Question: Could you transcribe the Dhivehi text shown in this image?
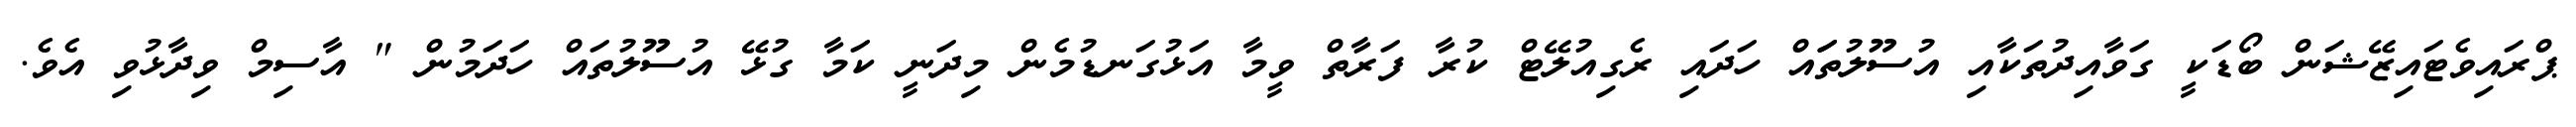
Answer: ޕްރައިވެޓައިޒޭޝަން ބޯޑަކީ ގަވާއިދުތަކާއި އުސޫލުތަައް ހަދައި ރެގިއުލޭޓް ކުރާ ފަރާތް ވީމާ އަޅުގަނޑުމެން މިދަނީ ކަމާ ގުޅޭ އުސޫލުތައް ހަދަމުން " އާސިމް ވިދާޅުވި އެވެ.